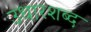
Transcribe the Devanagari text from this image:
उधारशब्द